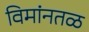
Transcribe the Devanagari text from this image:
विमांनतळ